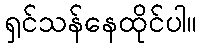
ရှင်သန်နေထိုင်ပါ။